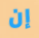
إن